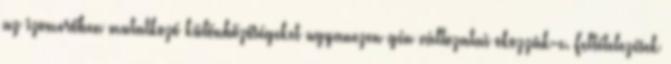
az izomerőben mutatkozó különbözőségeket ugyanezen gén változatai okozzák-e. Feltételezések